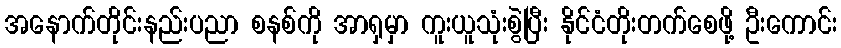
အနောက်တိုင်းနည်းပညာ စနစ်ကို အာရှမှာ ကူးယူသုံးစွဲပြီး နိုင်ငံတိုးတက်စေဖို့ ဦးကောင်း